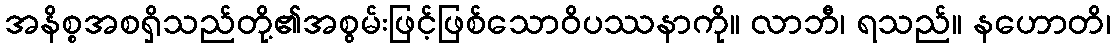
အနိစ္စအစရှိသည်တို့၏အစွမ်းဖြင့်ဖြစ်သောဝိပဿနာကို။ လာဘီ၊ ရသည်။ နဟောတိ၊